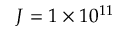
J = 1 \times 1 0 ^ { 1 1 }